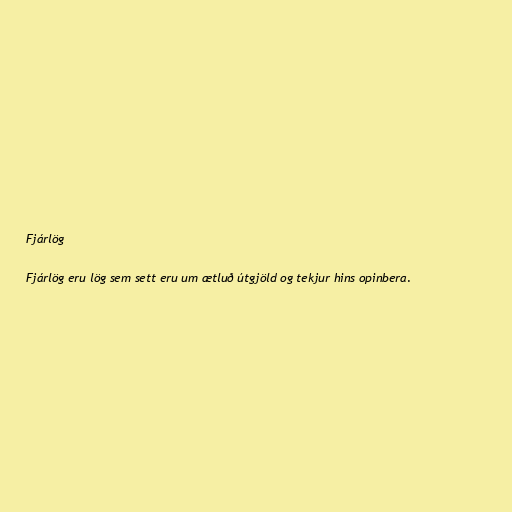
Fjárlög

Fjárlög eru lög sem sett eru um ætluð útgjöld og tekjur hins opinbera.